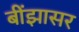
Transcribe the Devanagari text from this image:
बींझासर